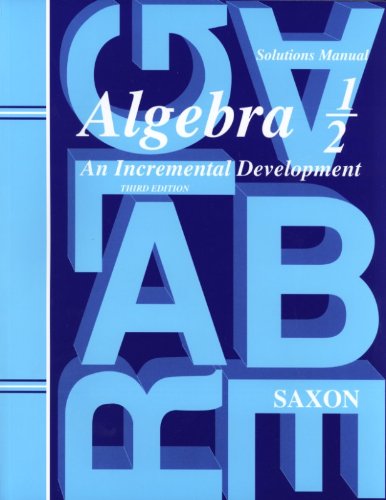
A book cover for Saxon Algebra 1/2: An Incremental Development, Solutions Manual; John H. Saxon Jr.; Teen & Young Adult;